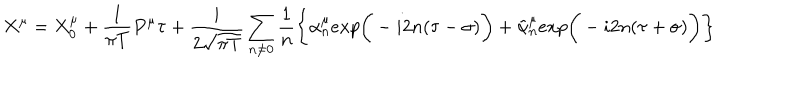
LaTeX: X ^ { \mu } = X _ { 0 } ^ { \mu } + { \frac { 1 } { \pi T } } P ^ { \mu } \tau + { \frac { i } { 2 \sqrt { \pi T } } } \sum _ { n \neq 0 } { \frac { 1 } { n } } \bigg \{ \alpha _ { n } ^ { \mu } e x p \bigg ( - i 2 n ( \tau - \sigma ) \bigg ) + \tilde { \alpha } _ { n } ^ { \mu } e x p \bigg ( - i 2 n ( \tau + \sigma ) \bigg ) \bigg \}